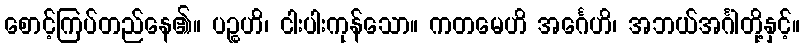
စောင့်ကြပ်တည်နေ၏။ ပဉ္စဟိ၊ ငါးပါးကုန်သော။ ကတမေဟိ အင်္ဂေဟိ၊ အဘယ်အင်္ဂါတို့နှင့်။